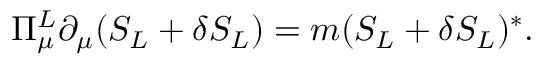
\Pi _ { \mu } ^ { L } \partial _ { \mu } ( S _ { L } + \delta S _ { L } ) = m ( S _ { L } + \delta S _ { L } ) ^ { * } .